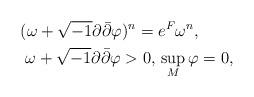
LaTeX: \begin{align*} (\omega + \sqrt{-1} \partial \bar \partial \varphi )^n = {} & e^{F} \omega^n, \\ \omega + \sqrt{-1} \partial \bar \partial \varphi > 0, {} &\sup_M \varphi=0,\end{align*}